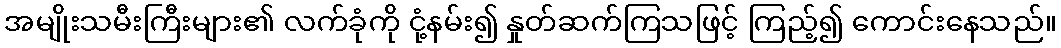
အမျိုးသမီးကြီးများ၏ လက်ခုံကို ငုံ့နမ်း၍ နှုတ်ဆက်ကြသဖြင့် ကြည့်၍ ကောင်းနေသည်။